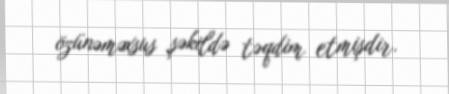
özünəməxsus şəkildə təqdim etmişdir.